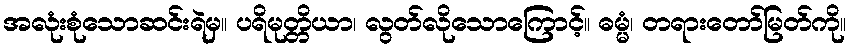
အလုံးစုံသောဆင်းရဲမှ။ ပရိမုတ္တိယာ၊ လွတ်လိုသောကြောင့်။ ဓမ္မံ၊ တရားတော်မြတ်ကို။